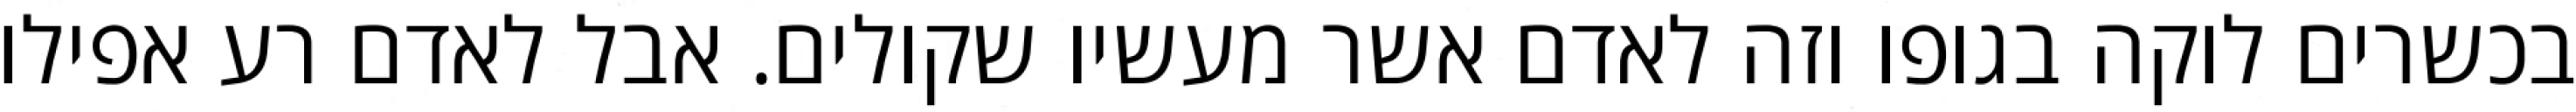
בכשרים לוקה בגופו וזה לאדם אשר מעשיו שקולים. אבל לאדם רע אפילו